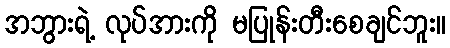
အဘွားရဲ့ လုပ်အားကို မပြုန်းတီးစေချင်ဘူး။